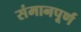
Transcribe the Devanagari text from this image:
संमानपूर्ण